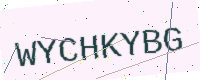
Text: WYCHKYBG